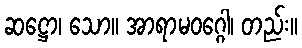
ဆဋ္ဌော၊ သော။ အာရာမဝဂ္ဂေါ၊ တည်း။